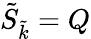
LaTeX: \tilde{S}_{\tilde{k}}=Q